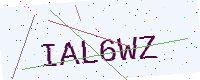
Text: IAL6WZ